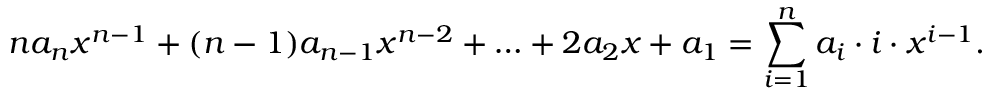
n a _ { n } x ^ { n - 1 } + ( n - 1 ) a _ { n - 1 } x ^ { n - 2 } + \ldots + 2 a _ { 2 } x + a _ { 1 } = \sum _ { i = 1 } ^ { n } a _ { i } \cdot i \cdot x ^ { i - 1 } .